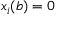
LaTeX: x _ { i } ( b ) = 0